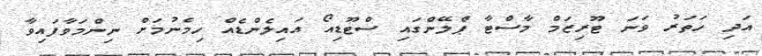
އަދި ހަތަރު ވަނަ ޓޫރިޒަމް މާސްޓާ ޕްލޭންގައި ސްޓޫޑިއޯ އައިލެންޑެއް ހިމެނުމަށް ނިންމަވާފައިވާ